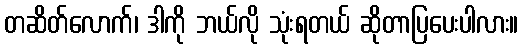
တဆိတ်လောက်၊ ဒါကို ဘယ်လို သုံးရတယ် ဆိုတာပြပေးပါလား။